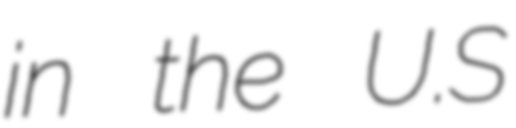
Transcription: in the U.S